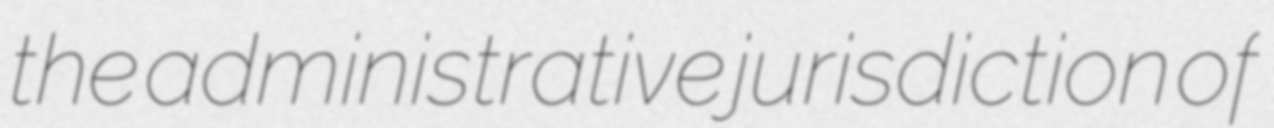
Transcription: the administrative jurisdiction of